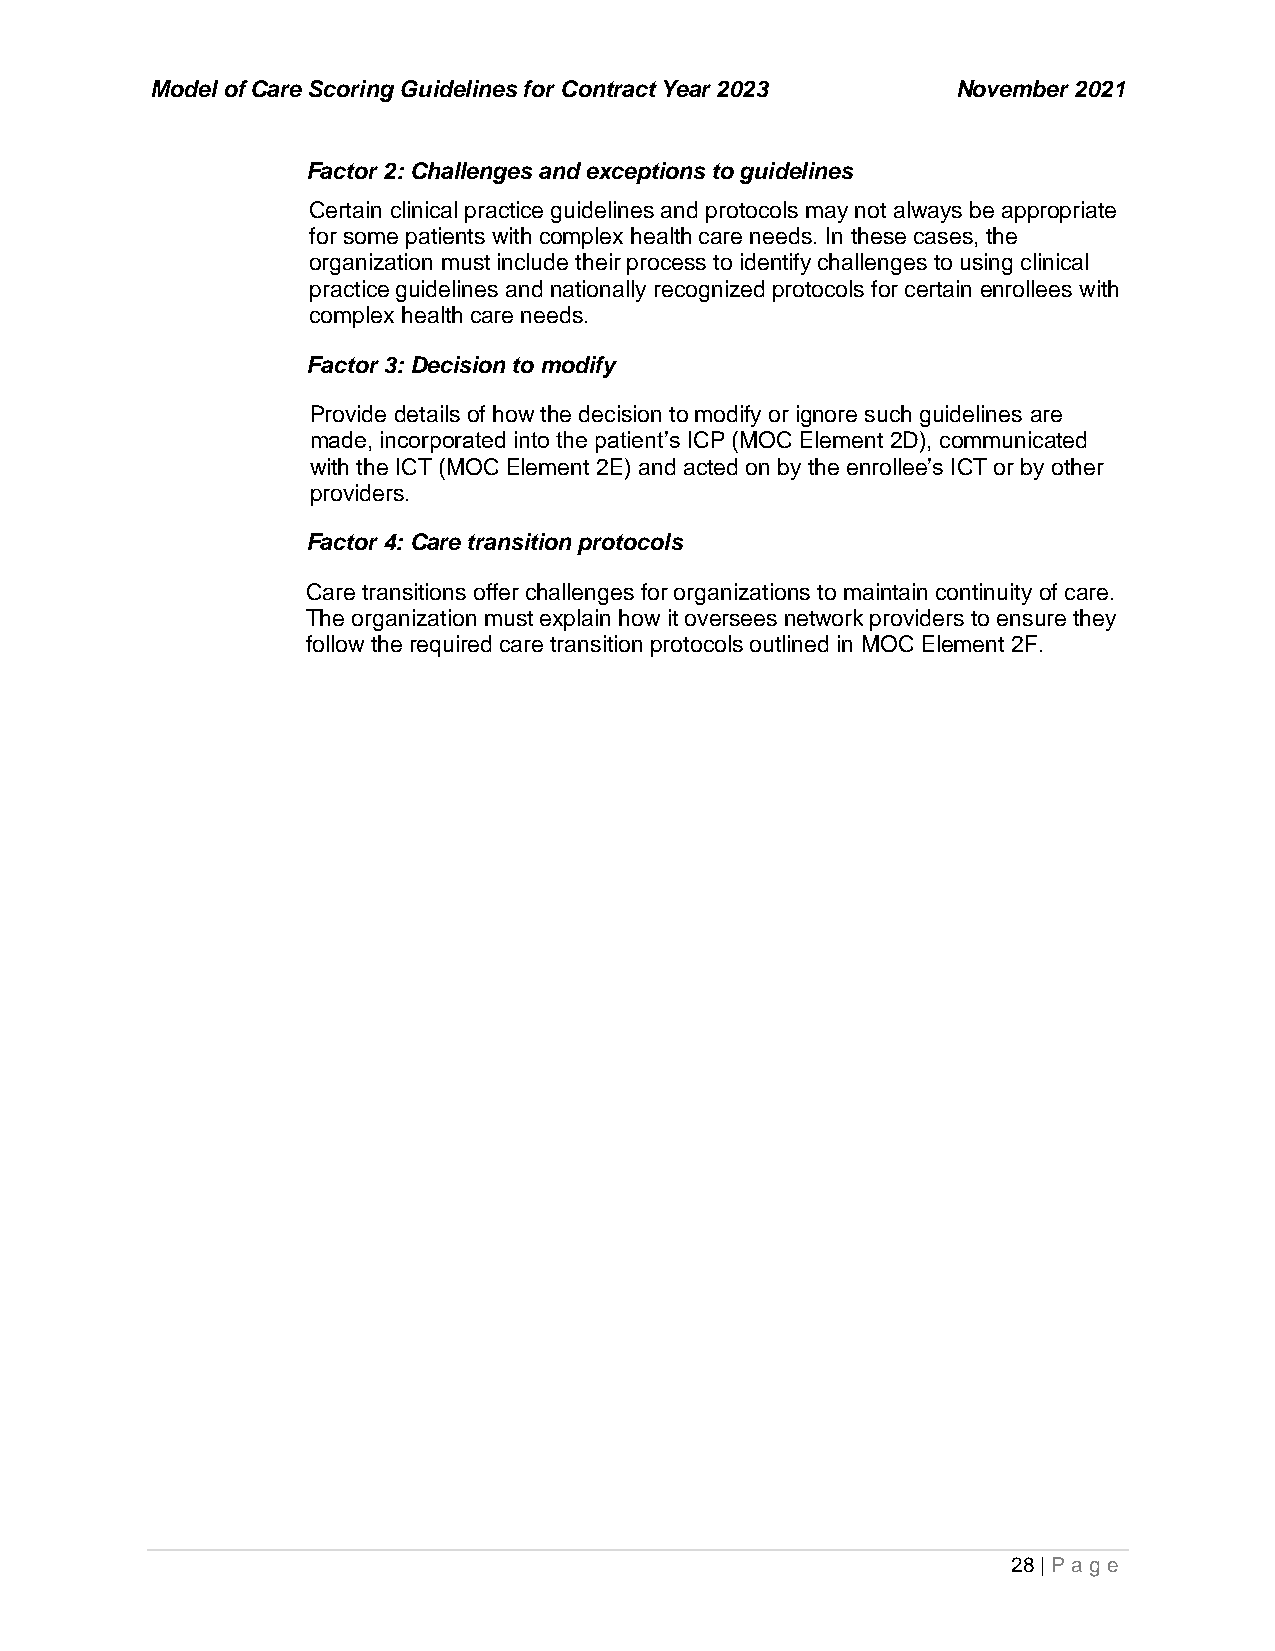
Model of Care Scoring Guidelines for Contract Year 2023 November 2021
 Factor 2: Challenges and exceptions to guidelines
 Certain clinical practice guidelines and protocols may not always be appropriate
 for some patients with complex health care needs. In these cases, the
 organization must include their process to identify challenges to using clinical
 practice guidelines and nationally recognized protocols for certain enrollees with
 complex health care needs.
 Factor 3: Decision to modify
 Provide details of how the decision to modify or ignore such guidelines are
 made, incorporated into the patient’s ICP (MOC Element 2D), communicated
 with the ICT (MOC Element 2E) and acted on by the enrollee’s ICT or by other
 providers.
 Factor 4: Care transition protocols
 Care transitions offer challenges for organizations to maintain continuity of care.
 The organization must explain how it oversees network providers to ensure they
 follow the required care transition protocols outlined in MOC Element 2F.
 28 | P age